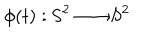
LaTeX: \phi ( t ) : \mathrm { S } ^ { 2 } \longrightarrow \mathrm { S } ^ { 2 }